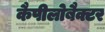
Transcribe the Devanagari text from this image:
कैपीलोबैक्टर